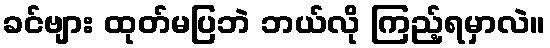
ခင်ဗျား ထုတ်မပြဘဲ ဘယ်လို ကြည့်ရမှာလဲ။